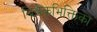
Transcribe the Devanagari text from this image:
बिंबैकभिक्तिका